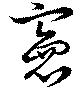
憲